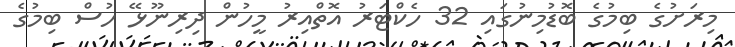
މިރަށުގެ ބިމުގެ ބޮޑުމިނުގައި 32 ހެކްޓަރު އޮތްއިރު މީހުން ދިރިނޫޅޭ ހުސް ބިމުގެ